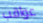
عواقب